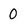
Character: 0